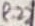
Text: R22